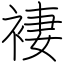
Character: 褄